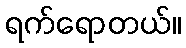
ရက်ရောတယ်။